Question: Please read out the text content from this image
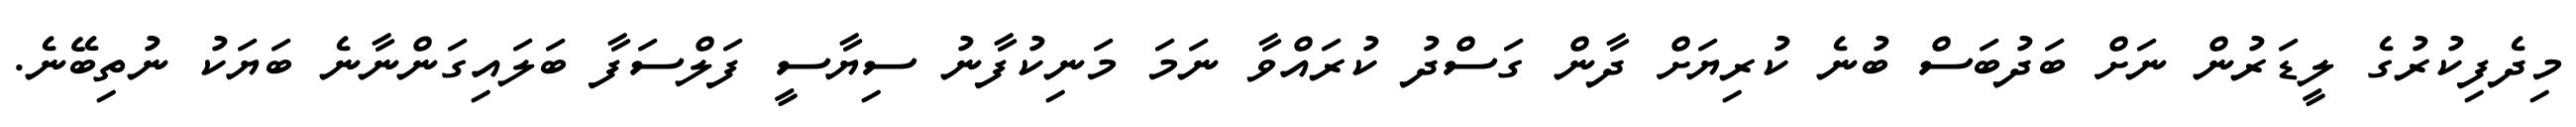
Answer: މިދެފިކުރުގެ ލީޑަރުން ނަށް ބަދުބަސް ބުނެ ކުރިޔަށް ދާން ގަސްދު ކުރައްވާ ނަމަ މަނިކުފާނު ސިޔާސީ ފަލްސަފާ ބަލައިގަންނާނެ ބަޔަކު ނުތިބޭނެ.